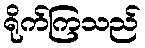
ရိုက်ကြသည်